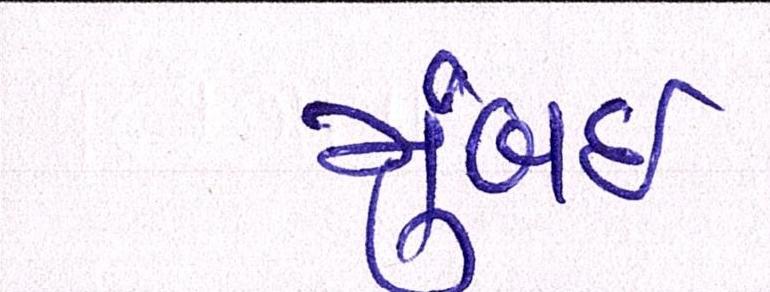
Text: મુંબઈઃ